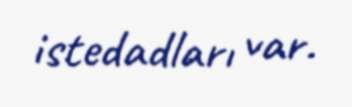
istedadları var.